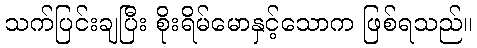
သက်ပြင်းချပြီး စိုးရိမ်မောနှင့်သောက ဖြစ်ရသည်။